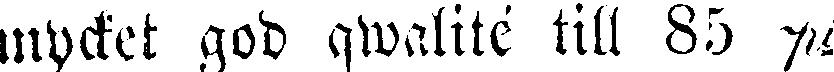
mycket god qwalité till 85 pi